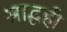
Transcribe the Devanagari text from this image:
श्राद्धही